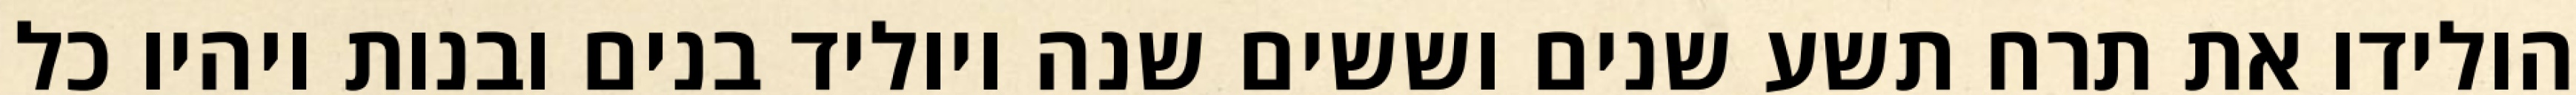
הולידו את תרח תשע שנים וששים שנה ויוליד בנים ובנות ויהיו כל